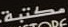
مكتبة